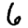
Digit: 6